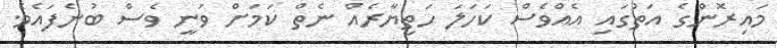
މައިރޮންގެ އަތުގައި އެއްވެސް ކަހަލަ ހަތިޔާރެއް ނެތް ކަމަށް ވަނީ ވެސް ބުނެފައެވެ.